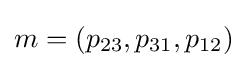
m=\left(p_{23},p_{31},p_{12}\right)